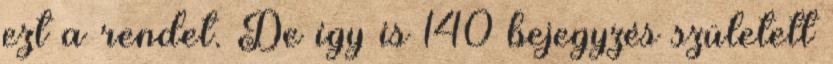
ezt a rendet. De így is 140 bejegyzés született